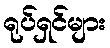
ရုပ်ရှင်များ